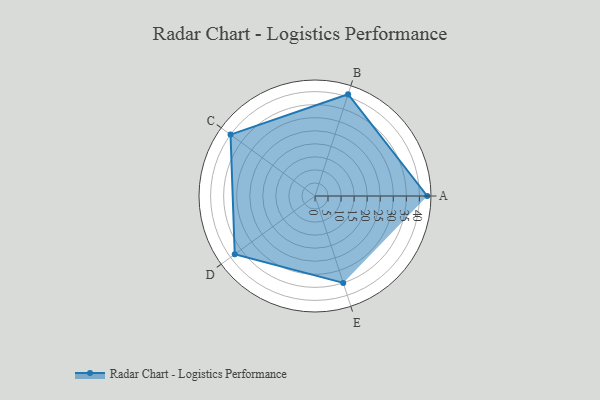
{"axis": {"x": "Skill", "y": "Score"}, "legend": ["Profile"], "data": [{"x": "A", "y": 43.0, "type": "Profile"}, {"x": "B", "y": 41.0, "type": "Profile"}, {"x": "C", "y": 40.0, "type": "Profile"}, {"x": "D", "y": 38.0, "type": "Profile"}, {"x": "E", "y": 35.0, "type": "Profile"}]}